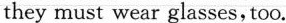
they must wear glasses,too.